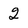
Character: 2